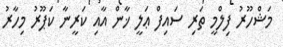
މަޝްހޫރު ފިލްމީ ތަރި ސައިފް ޢަލީ ޚާން އާއި ކަރީނާ ކަޕޫރު މިހާރު